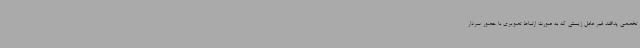
تخصصی پدافند غیر عامل زیستی که به صورت ارتباط تصویری با حضور سردار